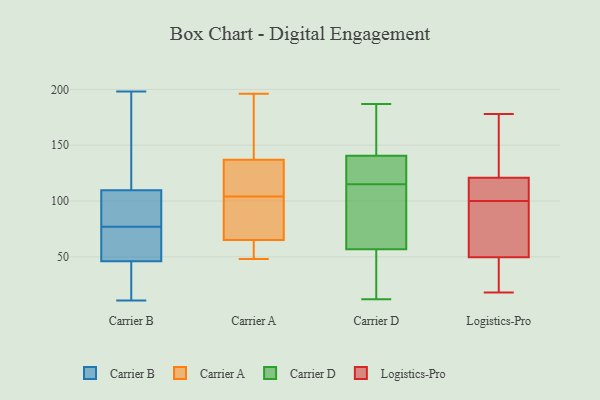
{"axis": {"x": "Temperature (°C)", "y": "Value"}, "legend": ["Carrier A", "Carrier B", "Carrier D", "Logistics-Pro"], "data": [{"x": "", "y": 161, "type": "Carrier B"}, {"x": "", "y": 49, "type": "Carrier B"}, {"x": "", "y": 36, "type": "Carrier B"}, {"x": "", "y": 66, "type": "Carrier B"}, {"x": "", "y": 70, "type": "Carrier B"}, {"x": "", "y": 133, "type": "Carrier B"}, {"x": "", "y": 79, "type": "Carrier B"}, {"x": "", "y": 37, "type": "Carrier B"}, {"x": "", "y": 77, "type": "Carrier B"}, {"x": "", "y": 11, "type": "Carrier B"}, {"x": "", "y": 81, "type": "Carrier B"}, {"x": "", "y": 102, "type": "Carrier B"}, {"x": "", "y": 198, "type": "Carrier B"}, {"x": "", "y": 48, "type": "Carrier A"}, {"x": "", "y": 94, "type": "Carrier A"}, {"x": "", "y": 196, "type": "Carrier A"}, {"x": "", "y": 101, "type": "Carrier A"}, {"x": "", "y": 61, "type": "Carrier A"}, {"x": "", "y": 174, "type": "Carrier A"}, {"x": "", "y": 137, "type": "Carrier A"}, {"x": "", "y": 103, "type": "Carrier A"}, {"x": "", "y": 65, "type": "Carrier A"}, {"x": "", "y": 138, "type": "Carrier A"}, {"x": "", "y": 105, "type": "Carrier A"}, {"x": "", "y": 125, "type": "Carrier A"}, {"x": "", "y": 62, "type": "Carrier A"}, {"x": "", "y": 135, "type": "Carrier A"}, {"x": "", "y": 142, "type": "Carrier D"}, {"x": "", "y": 119, "type": "Carrier D"}, {"x": "", "y": 12, "type": "Carrier D"}, {"x": "", "y": 89, "type": "Carrier D"}, {"x": "", "y": 115, "type": "Carrier D"}, {"x": "", "y": 187, "type": "Carrier D"}, {"x": "", "y": 84, "type": "Carrier D"}, {"x": "", "y": 145, "type": "Carrier D"}, {"x": "", "y": 53, "type": "Carrier D"}, {"x": "", "y": 117, "type": "Carrier D"}, {"x": "", "y": 92, "type": "Carrier D"}, {"x": "", "y": 44, "type": "Carrier D"}, {"x": "", "y": 118, "type": "Carrier D"}, {"x": "", "y": 169, "type": "Carrier D"}, {"x": "", "y": 37, "type": "Carrier D"}, {"x": "", "y": 58, "type": "Carrier D"}, {"x": "", "y": 140, "type": "Carrier D"}, {"x": "", "y": 117, "type": "Logistics-Pro"}, {"x": "", "y": 46, "type": "Logistics-Pro"}, {"x": "", "y": 61, "type": "Logistics-Pro"}, {"x": "", "y": 122, "type": "Logistics-Pro"}, {"x": "", "y": 39, "type": "Logistics-Pro"}, {"x": "", "y": 178, "type": "Logistics-Pro"}, {"x": "", "y": 98, "type": "Logistics-Pro"}, {"x": "", "y": 100, "type": "Logistics-Pro"}, {"x": "", "y": 169, "type": "Logistics-Pro"}, {"x": "", "y": 112, "type": "Logistics-Pro"}, {"x": "", "y": 18, "type": "Logistics-Pro"}]}